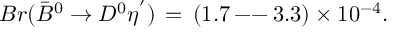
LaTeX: B r ( \bar { B } ^ { 0 } \rightarrow D ^ { 0 } \eta ^ { ' } ) \, = \, ( 1 . 7 \, \mathrm { - - } \, 3 . 3 ) \times 1 0 ^ { - 4 } .